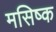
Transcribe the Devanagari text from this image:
मसिष्क